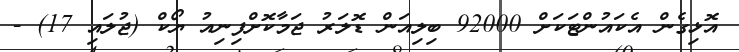
އޮޅިގެން އެކައުންޓަކަށް 92000 ބިލިއަން ޑޮލަރު ޖަމާކޮށްފިނިއު ޔޯކް (ޖުލައި 17) -